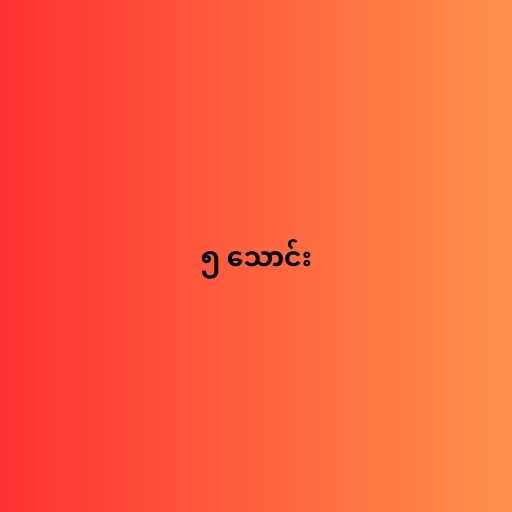
၅ သောင်း